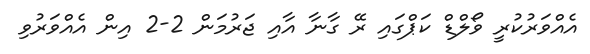
އެއްވަރުކުރީ ވޯލްޑް ކަޕްގައި ރޭ ގާނާ އާއި ޖަރުމަން 2-2 އިން އެއްވަރުވި